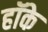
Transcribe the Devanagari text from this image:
हॉके